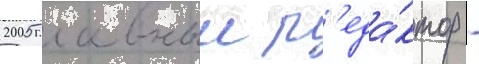
2005 главныи р'еда́ктор -